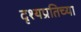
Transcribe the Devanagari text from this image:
दृश्यप्रतिच्या